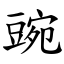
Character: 豌